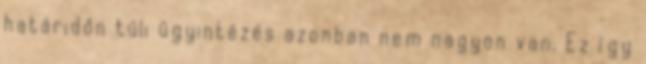
határidőn túli ügyintézés azonban nem nagyon van. Ez így